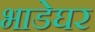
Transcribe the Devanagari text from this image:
भाडेघर